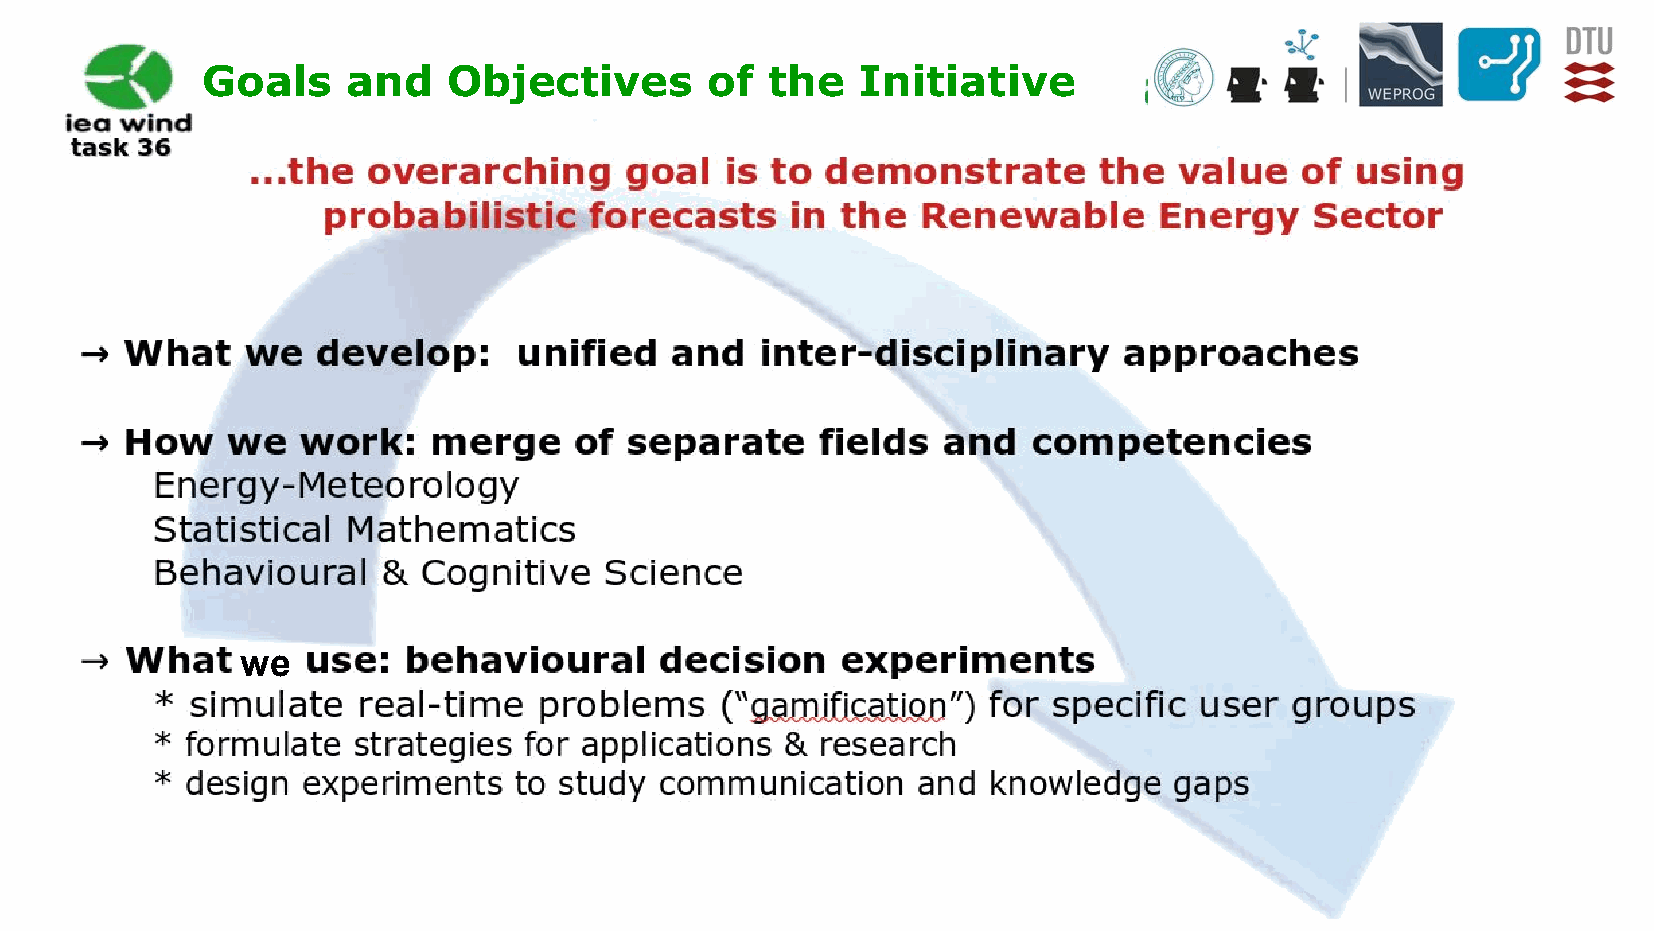
Goals     and    Objectives       of  the   Initiative
 we